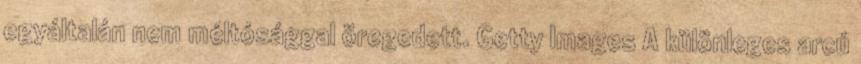
egyáltalán nem méltósággal öregedett. Getty Images A különleges arcú